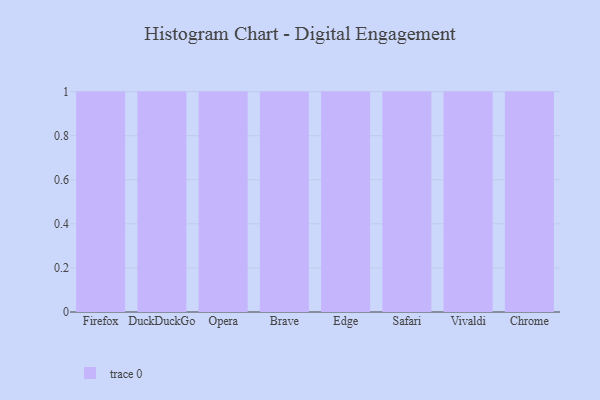
{"axis": {"x": "Browser", "y": "Gross Profit (USD K)"}, "legend": [""], "data": [{"x": "Firefox", "y": 25, "type": ""}, {"x": "DuckDuckGo", "y": 75, "type": ""}, {"x": "Opera", "y": 66, "type": ""}, {"x": "Brave", "y": 61, "type": ""}, {"x": "Edge", "y": 43, "type": ""}, {"x": "Safari", "y": 30, "type": ""}, {"x": "Vivaldi", "y": 12, "type": ""}, {"x": "Chrome", "y": 41, "type": ""}]}